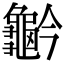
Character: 𪚬